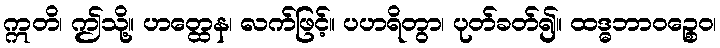
ဣတိ၊ ဤသို့။ ဟတ္ထေန၊ လက်ဖြင့်။ ပဟရိတွာ၊ ပုတ်ခတ်၍။ ထဒ္ဓဘာဝဉ္စေဝ၊